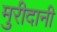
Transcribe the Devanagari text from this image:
मुरीदानी